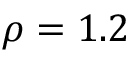
\rho = 1 . 2